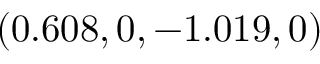
( 0 . 6 0 8 , 0 , - 1 . 0 1 9 , 0 )